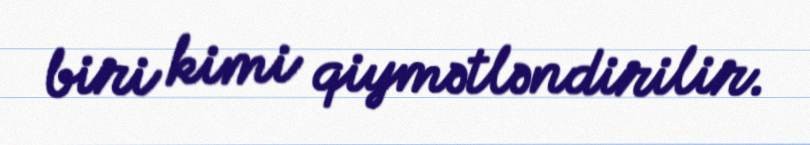
biri kimi qiymətləndirilir.